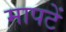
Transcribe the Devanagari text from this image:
मापटें